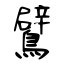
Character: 鷿